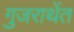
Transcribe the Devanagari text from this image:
गुजराथेंत